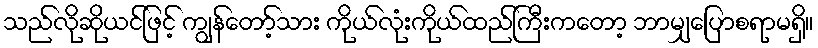
သည်လိုဆိုယင်ဖြင့် ကျွန်တော့်သား ကိုယ်လုံးကိုယ်ထည်ကြီးကတော့ ဘာမျှပြောစရာမရှိ။